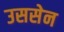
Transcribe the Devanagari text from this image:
उससेन